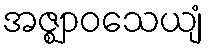
အဇ္ဈာဝသေယျံ